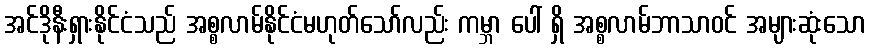
အင်ဒိုနီးရှားနိုင်ငံသည် အစ္စလာမ်နိုင်ငံမဟုတ်သော်လည်း ကမ္ဘာ ပေါ် ရှိ အစ္စလာမ်ဘာသာဝင် အများဆုံးသော